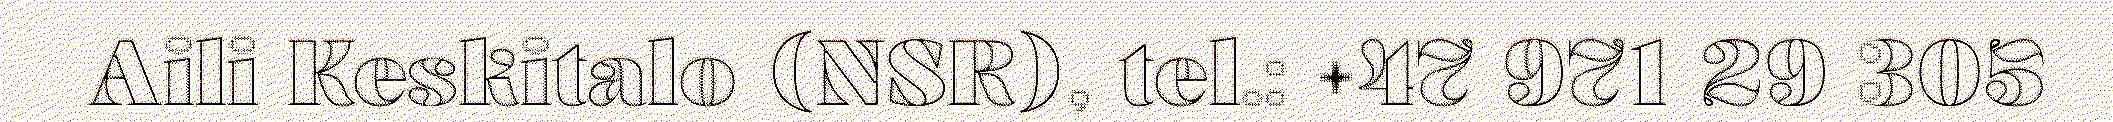
Aili Keskitalo (NSR), tel.: +47 971 29 305